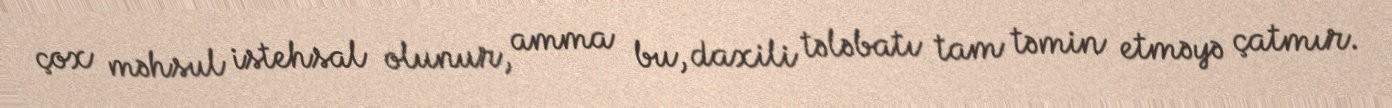
çox məhsul istehsal olunur, amma bu, daxili tələbatı tam təmin etməyə çatmır.